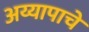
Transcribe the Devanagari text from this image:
अय्यापाचे